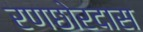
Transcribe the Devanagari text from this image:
रणछोरदास